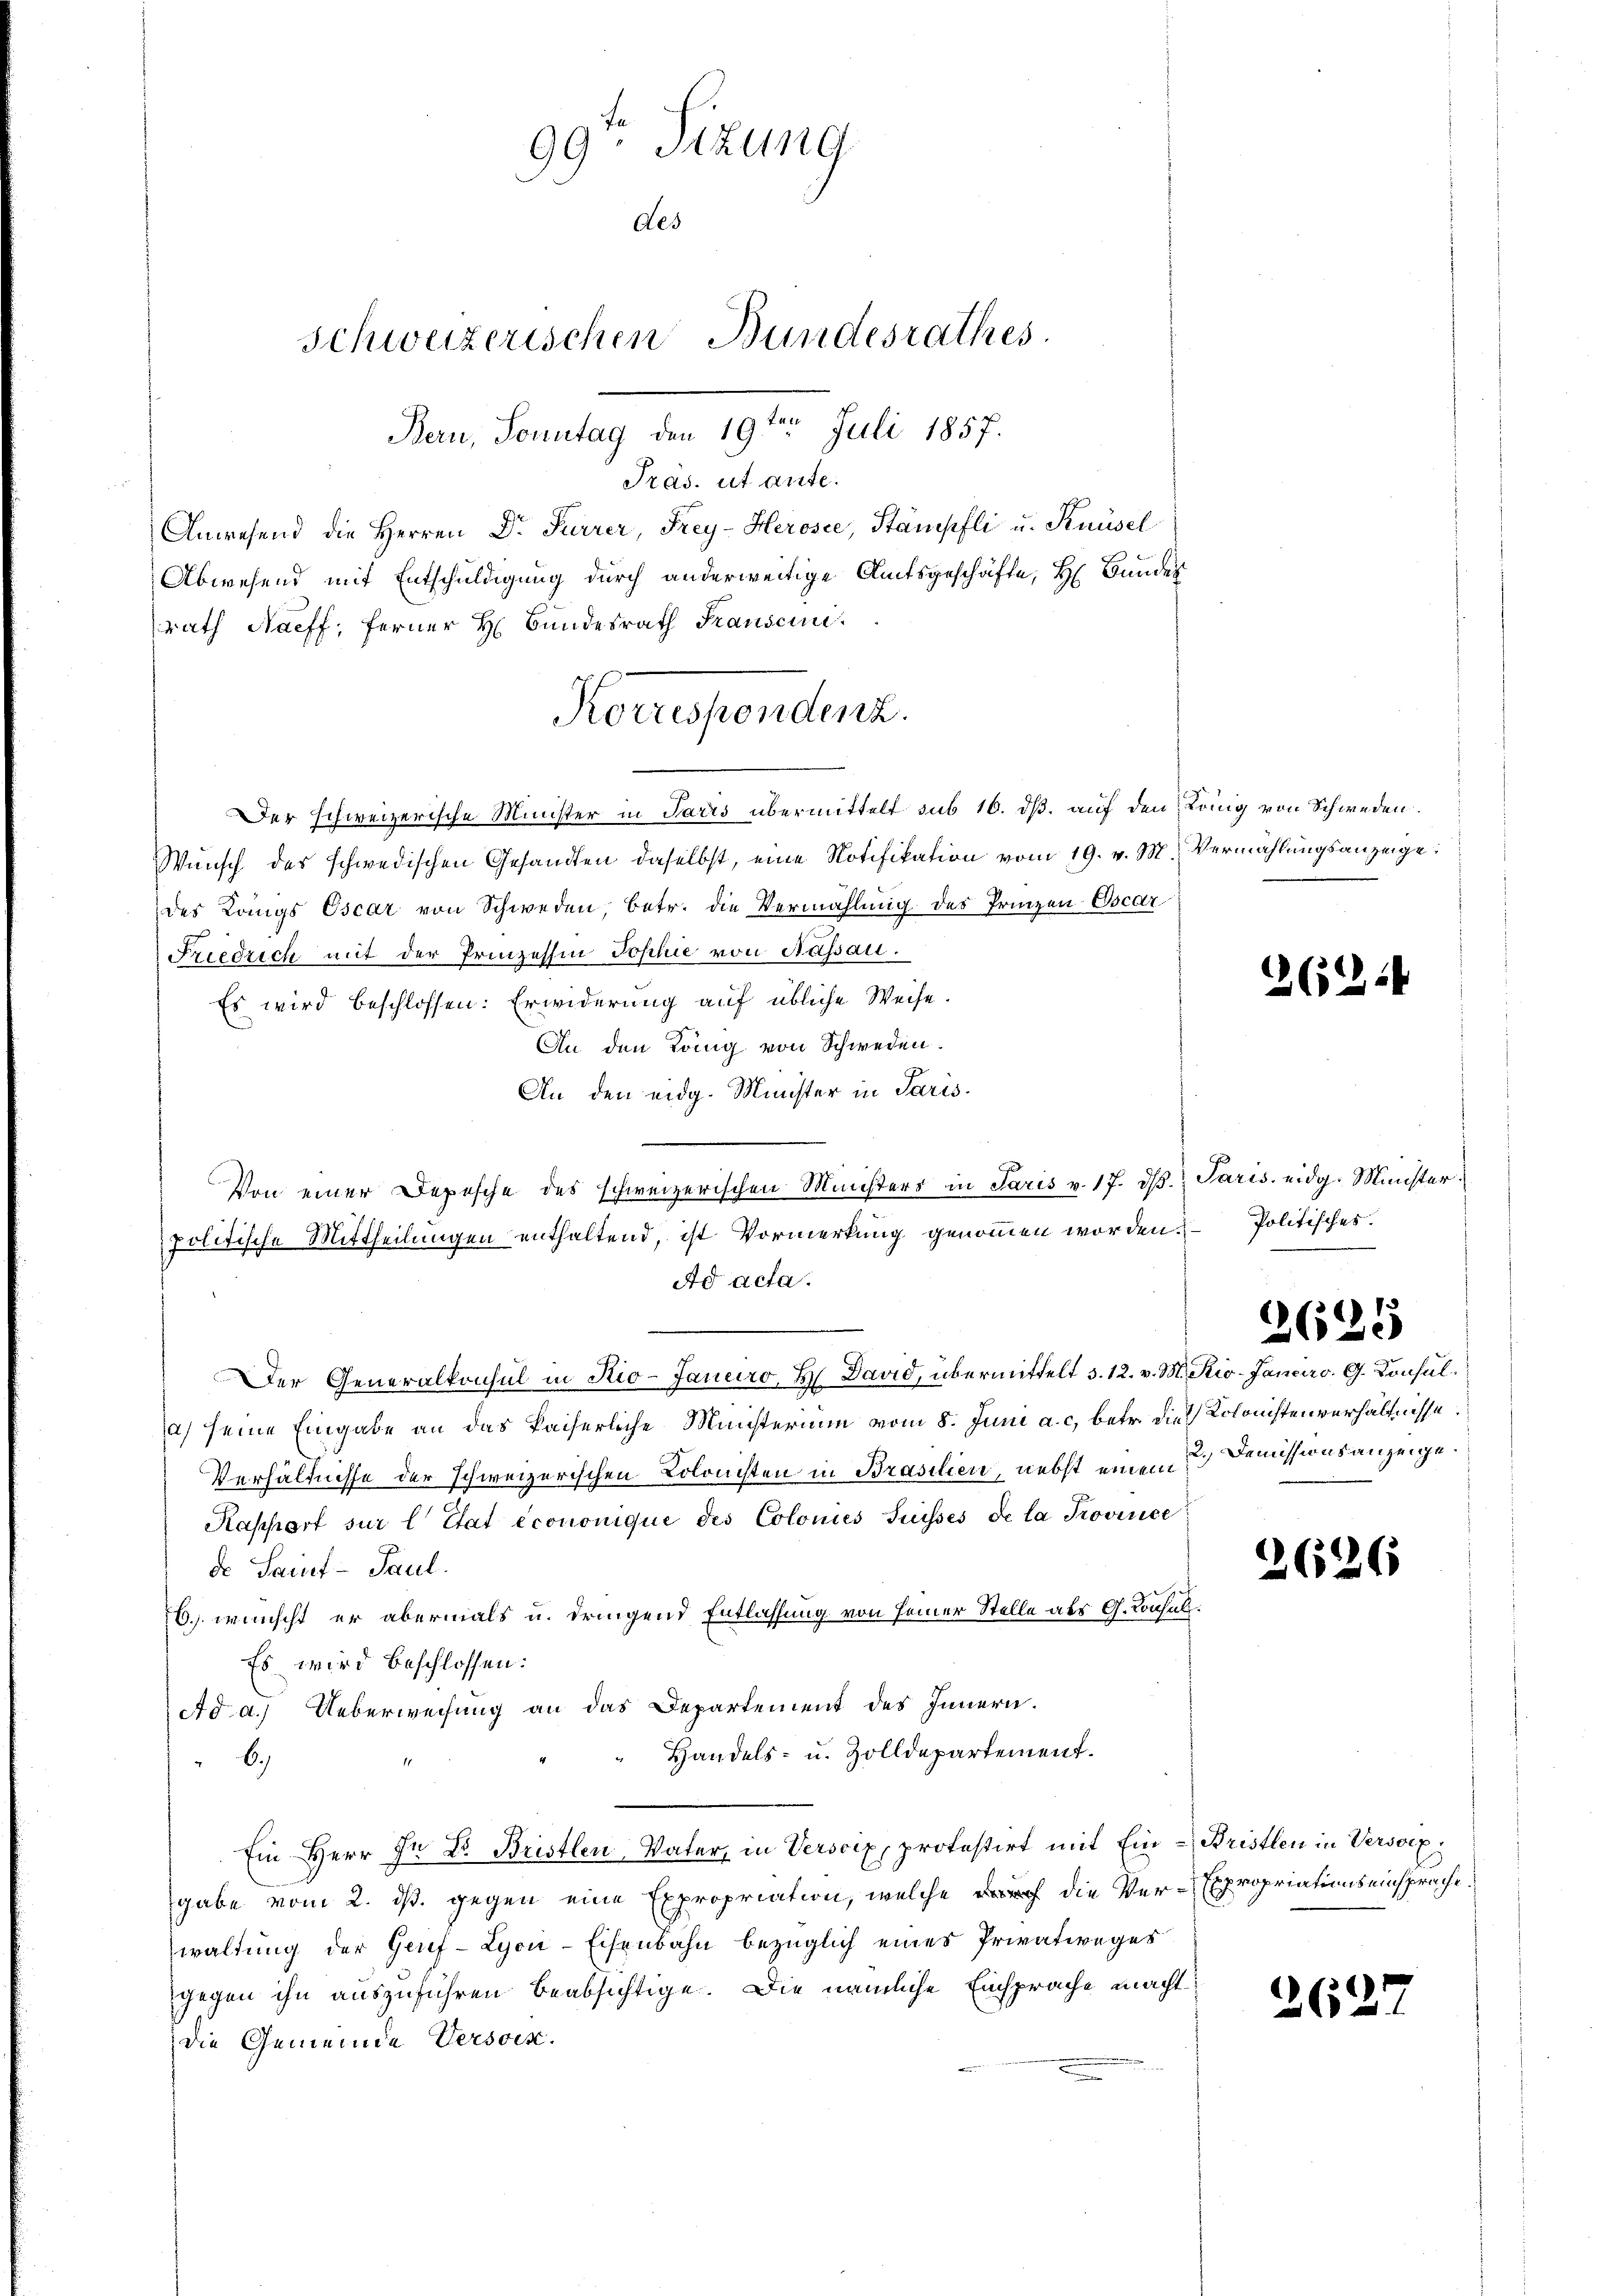
99: Sizung
des
Schweizerischen Bundesrathes.
Bern, Sonntag den 19te͇n Juli 1857.

Pras. ut ante.
Anwesend die Herren Dr. Furrer, Frey-Herosee, Stämpfli u. Knüsel
Abwesend mit Entschuldigung durch anderweitige Amtsgeschäfte, H Bundes
rath Naeff, ferner H. Bundesrath Franscun
Der schweizerische Minister in Paris übermittelt sub 16. dß. auf den Köng von Schweden.
Wunsch des schwedischen Gesandten daselbst, eine Notifikation vom 19. v. M. Vermählungsanzeige:
des Langs Oscar von Schweden, betr. die Vermählung des Prinzen Oscar
Friedrich mit der Prinzessin Jophie von Nassau.
Es wird beschlossen: Erwiderung auf übliche Weise.
An den König von Schweden.
An den eidg. Minister in Paris
Von einer Depesche des schweizerischen Ministers in Paris v. 17. dβ. Paris eidg. Ministerpolitische Mittheilungen enthaltend, ist Vormerkung genommen worden. Politisches.
Ad acta.
Der Generalkonsul in Rio-Januro, B. David, übermittelt 3. 12. v. M. Kio-Janeiro G. Konsula) seine Eingabe an das kaiserliche Ministerium vom 8. Juni a. c. betr. die Kolonistenverhältnisse:
Verhältnisse der schweizerischen Kolonisten in Brasilien, nebst einem 2. Demissionsanzeige.
Kaspart sur l Etat econonique des Colonies Suisses de la Province
de Saint- Paul.
6.) wünscht er abermals u. dringend Entlassung von seiner Stelle als G. Konsuls.
Es wird beschlossen:
Ad a.) Ueberweisung an das Departement des Innern.
Handels- u. Zolldepartement.
b.
Ein Herr In Dr. Bristlen Vater, in Verscix, protestirt mit Ein - Bristlen in Versorggabe vom 2. ds. gegen eine Expropriation, welche die Ver-Expropriationseinsprache
waltung der Genf-Lyon-Eisenbahn bezüglich eines Privatweges
gegen ihn auszuführen beabsichtige. Die nämliche Einsprache macht
die Gemeinde Verson.

Korrespendenz.

12 (1214

2625

2626

262